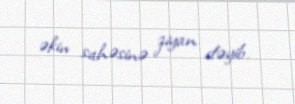
əkin sahəsinə ziyan dəyib.